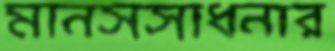
মানসসাধনার